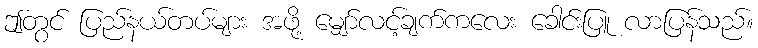
ဤတွင် ပြည်နယ်တပ်များ အဖို့ မျှော်လင့်ချက်ကလေး ခေါင်းပြူ လာပြန်သည်။